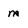
Character: m